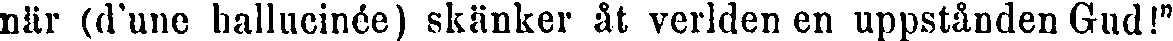
när (d'une hallucinée) skänker åt verlden en uppstånden Gud!"